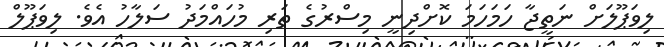
ލިވަޕޫލަށް ނަތީޖާ ހަމަހަމަ ކޮށްދިނީ މިސްރުގެ ތަރި މުހައްމަދު ސަލާހު އެވެ. ލިވަޕޫލް